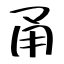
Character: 甬